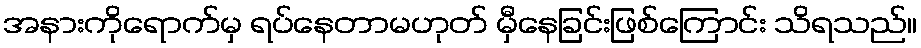
အနားကိုရောက်မှ ရပ်နေတာမဟုတ် မှီနေခြင်းဖြစ်ကြောင်း သိရသည်။